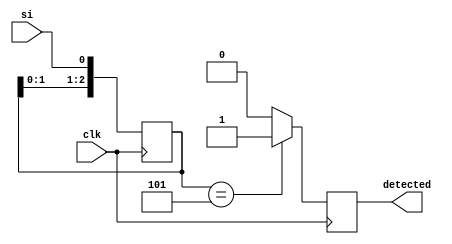
`timescale 1ns / 1ps

module SerialSequenceDetector(
    input si,
    input clk,
    output reg detected
    );

	reg [2:0] CurrentSequence;
	parameter Sequence = 3'b101;
	
	always @(posedge clk)begin
		CurrentSequence <= { CurrentSequence[1:0],si };
		if(CurrentSequence == Sequence)
			detected <= 1'b1;
		else
			detected <= 1'b0;
	end

endmodule